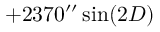
+ 2 3 7 0 ^ { \prime \prime } \sin ( 2 D )